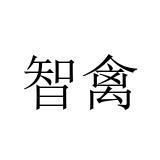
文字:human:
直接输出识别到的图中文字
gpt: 智禽